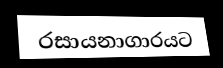
රසායනාගාරයට